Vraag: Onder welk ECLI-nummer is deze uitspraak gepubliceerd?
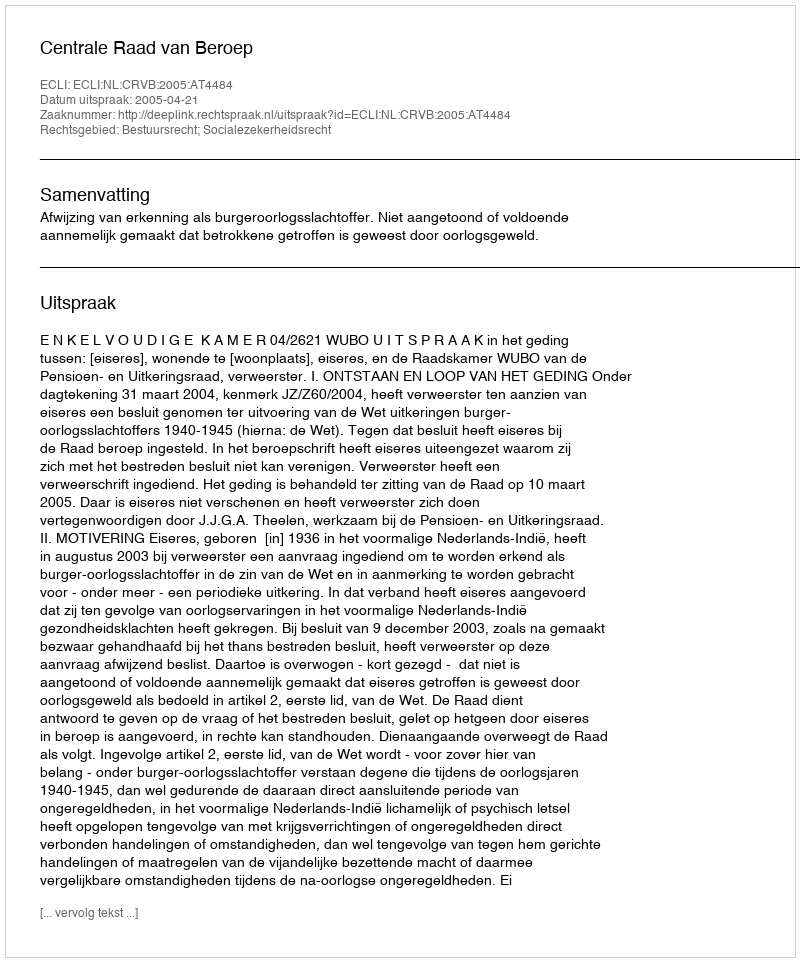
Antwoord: ECLI:NL:CRVB:2005:AT4484